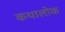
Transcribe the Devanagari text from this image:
कथालोक